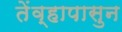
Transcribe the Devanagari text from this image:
तेंव्हापासुन